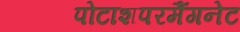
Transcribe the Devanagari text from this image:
पोटाशपरमैंगनेट